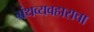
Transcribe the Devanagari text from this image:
ग्रंथव्यवहाराचा